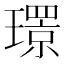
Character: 𤪁